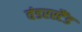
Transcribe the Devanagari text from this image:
वंडरस्टैंड